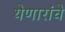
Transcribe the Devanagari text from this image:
येणारांचे